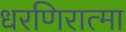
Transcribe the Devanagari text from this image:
धरणिरात्मा